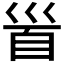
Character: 𩠐